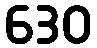
630